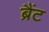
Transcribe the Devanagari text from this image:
ब्रैंट